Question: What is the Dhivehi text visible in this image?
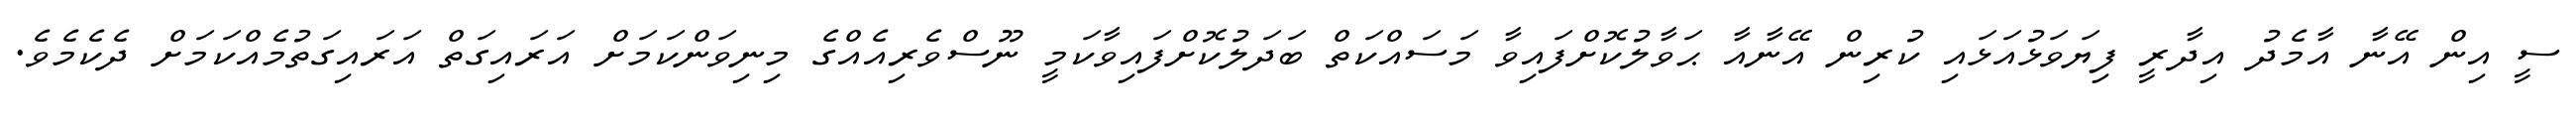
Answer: ސީ އިން އޭނާ އާމެދު އިދާރީ ފިޔަވަޅުއަޅައި ކުރިން އޭނާއާ ޙަވާލުކޮށްފައިވާ މަސައްކަތް ބަދަލުކޮށްފައިވާކަމީ ނޫސްވެރިއެއްގެ މިނިވަންކަމަށް އަރައިގަތް އަރައިގަތުމެއްކަމަށް ދެކެމެވެ.